Heimtali_vallavalitsus, lk 70
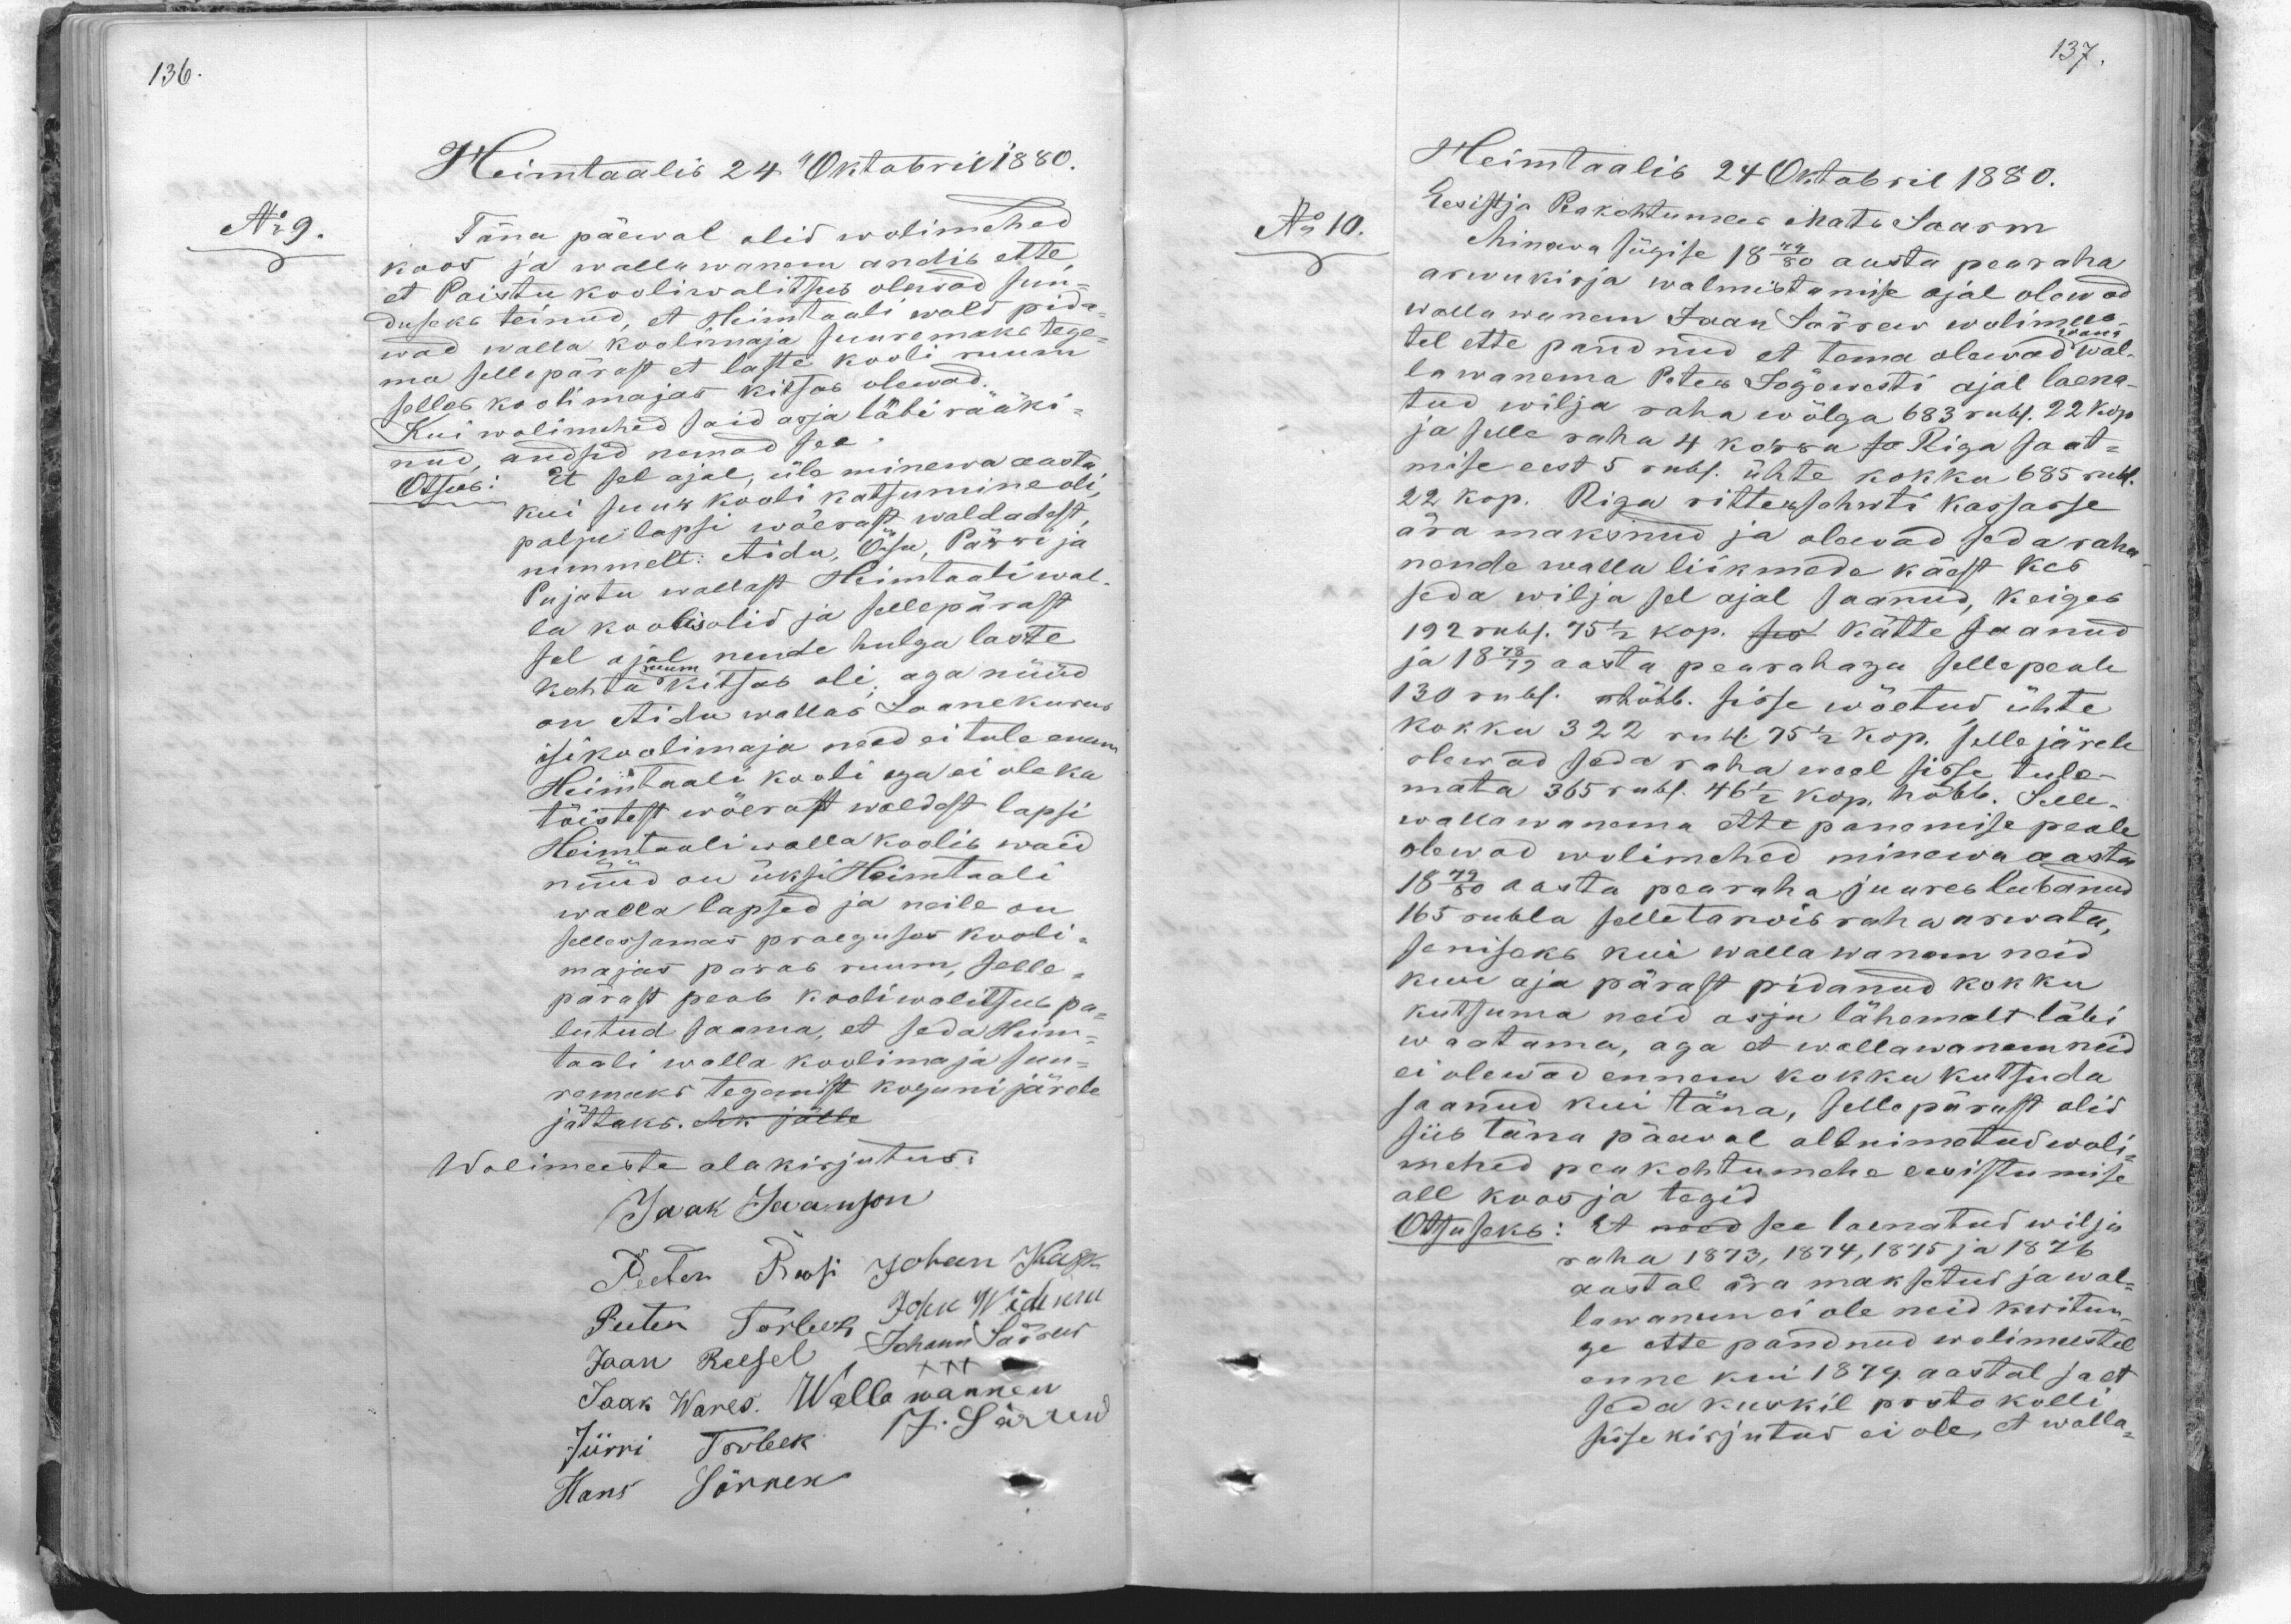
Heimtaalis 24 Oktobril 1880.
No 9
Täna päewal olid wolimehed
koos ja wallawanem andis ette
et Paistu kooliwalitsus olewad sun-
duseks teinud, et Heimtaali wald pida-
wad walla koolimaja suuremaks tege-
ma sellepärast et laste kooli ruum
selleb koolimajas kitsas olewad.
Kui wolimehed said asja läbi rääki-
nud, andsid nemad see
Otsus: Et sel ajal, üle minewa aasta
kui suur kooli katsumine oli
palju lapsi wõerast waldadest,
nimmelt: Aida, Õisu, Päri ja
Pujatu wallast Heimtaali wal-
la koolis olid ja sellepärast
sel ajal nende hulga laste
kohta kitsab oli, aga nüüd
on Aidu wallas Laanekurus
isi koolimaja need ei tule enam
Heimtaali kooli aga ei ole ka
teistest wõerast waldest lapsi
Heimtaali walla koolib waid
nüüd on üksi Heimtaali
walla lapsed ja neile on
sellessamas praeguses kooli-
majas paras ruum, selle-
pärast peab kooliwalitsub pa-
lutud saama, et seda Heim-
taali walla koolimaja suu-
remaks tegemist koguni järele.
jättaks.
Wolimeeste alakirjutus.
Jaak Jeanson
Peeter Roosi Johan Kask
Peter Torbek John Widemann
Jaan Reesel Johann Särrew
Jaak Wares. Walla wannen
Jürri Torbek J. Särrew
Hans Särrew

Heimtaalis 24 Oktobril 1880.
No: 10.
Ees istja Peakohtumees Mats Saarm
Minawa sügise 1879/80 aasta pearaha
arwukirja walmistamise ajal olewad
wallawanem Jaan Särrewe wolimees-
tel ette pandnud et tema olewad wal-
lawanema Peter Jõgewesti ajal laena-
tud wilja raha wõlga 683 rubl. 22 kop.
ja selle raha 4 kassa ja Riga saat-
mise eest 5 rubl. ühte kokku 685 rub.
22 kop. Riga rittensahwti kassasse
ära maksnud ja olewad seda raha
nende walla liikmede käest kes
seda wilja sel ajal saanud, keiges
192 rubl. 75 1/2 kop. Aus kätte saanud
ja 1878/79 aasta pearahaga selle peale
130 rubl. hõbb. sisse wõetud ühte
kokku 322 rubl 75 1/2 kop. selle järele
olewad seda raha weel sisse tule-
mata 365 rubl. 46 1/2 kop. hõbb. Selle.
wallawanema ettepanemise peale
olewad wolimehed minewa aasta
1879/80 aasta pearaha juures lubanud
165 rubla selle tarwis raha arwata;
senisaks kui wallawanem neid
kuu aja pärast pidanud kokku
kutsuma neid asja lähemalt läbi
waatama, aga et wallawanem neid
ei olewad ennem kokku kutsuda
saanud kui täna, sellepärast olid
siis täna päewal altnimetud woli
mehed peakohtumehe eesistumise
all koos ja tegid
Otsuseks: Et need see laenatud wilja
raha 1873, 1874, 1875 ja 1876
aastal ära maksetus ja wal-
lawanemai ole neid kwitun-
ge ette pandnud wolimeestel
enne kui 1879. aastal ja et
seda kuskil protokolli
sisse kirjutud ei ole, et walla-